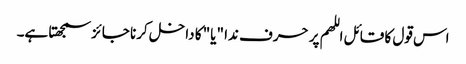
اس قول کا قائل اللھم پر حرف ندا "یا" کا داخل کرنا جائز سمجھتا ہے۔